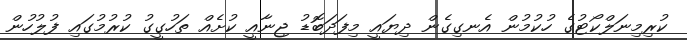
ކުރިމިނަލްކޯޓުގެ ހުކުމުން އެނގިގެން ދިޔައީ މިފަދަބޮޑު ޖިނާއީ ކުށެއް ތަހުގީގު ކުރުމުގައި ފުލުހުން